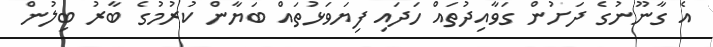
އެ ގާނޫނުގެ ދަށުން ގަވާއިދުތައް ހަދައި ފިޔަވަޅުތައް ބަޔާން ކުރުމުގެ ބާރު ބިލުން